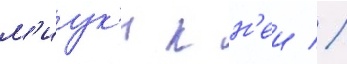
м'иук'и к н'еи //